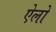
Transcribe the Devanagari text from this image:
ऐलो